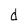
Character: d